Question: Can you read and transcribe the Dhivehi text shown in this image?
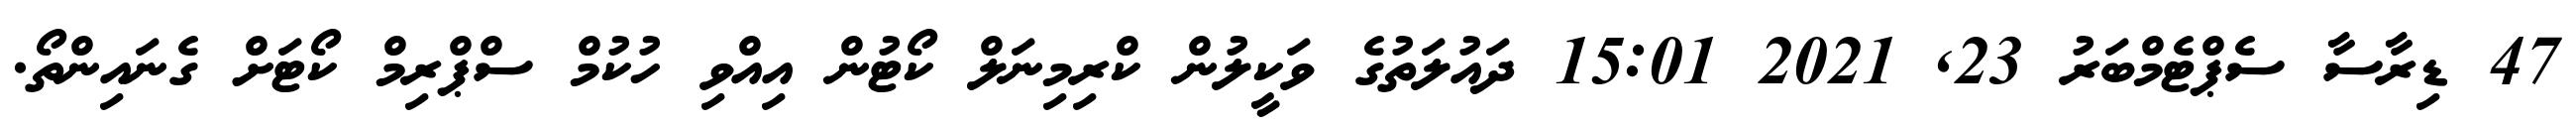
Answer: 47 ޑިރާސާ ސެޕްޓެމްބަރު 23, 2021 15:01 ދައުލަތުގެ ވަކީލުން ކްރިމިނަލް ކޯޓުން އިއްވި ހުކުމް ސްޕްރިމް ކޯޓަށް ގެނައިންތޯ.